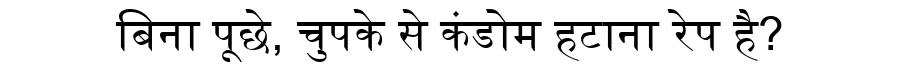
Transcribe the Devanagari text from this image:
बिना पूछे, चुपके से कंडोम हटाना रेप है?